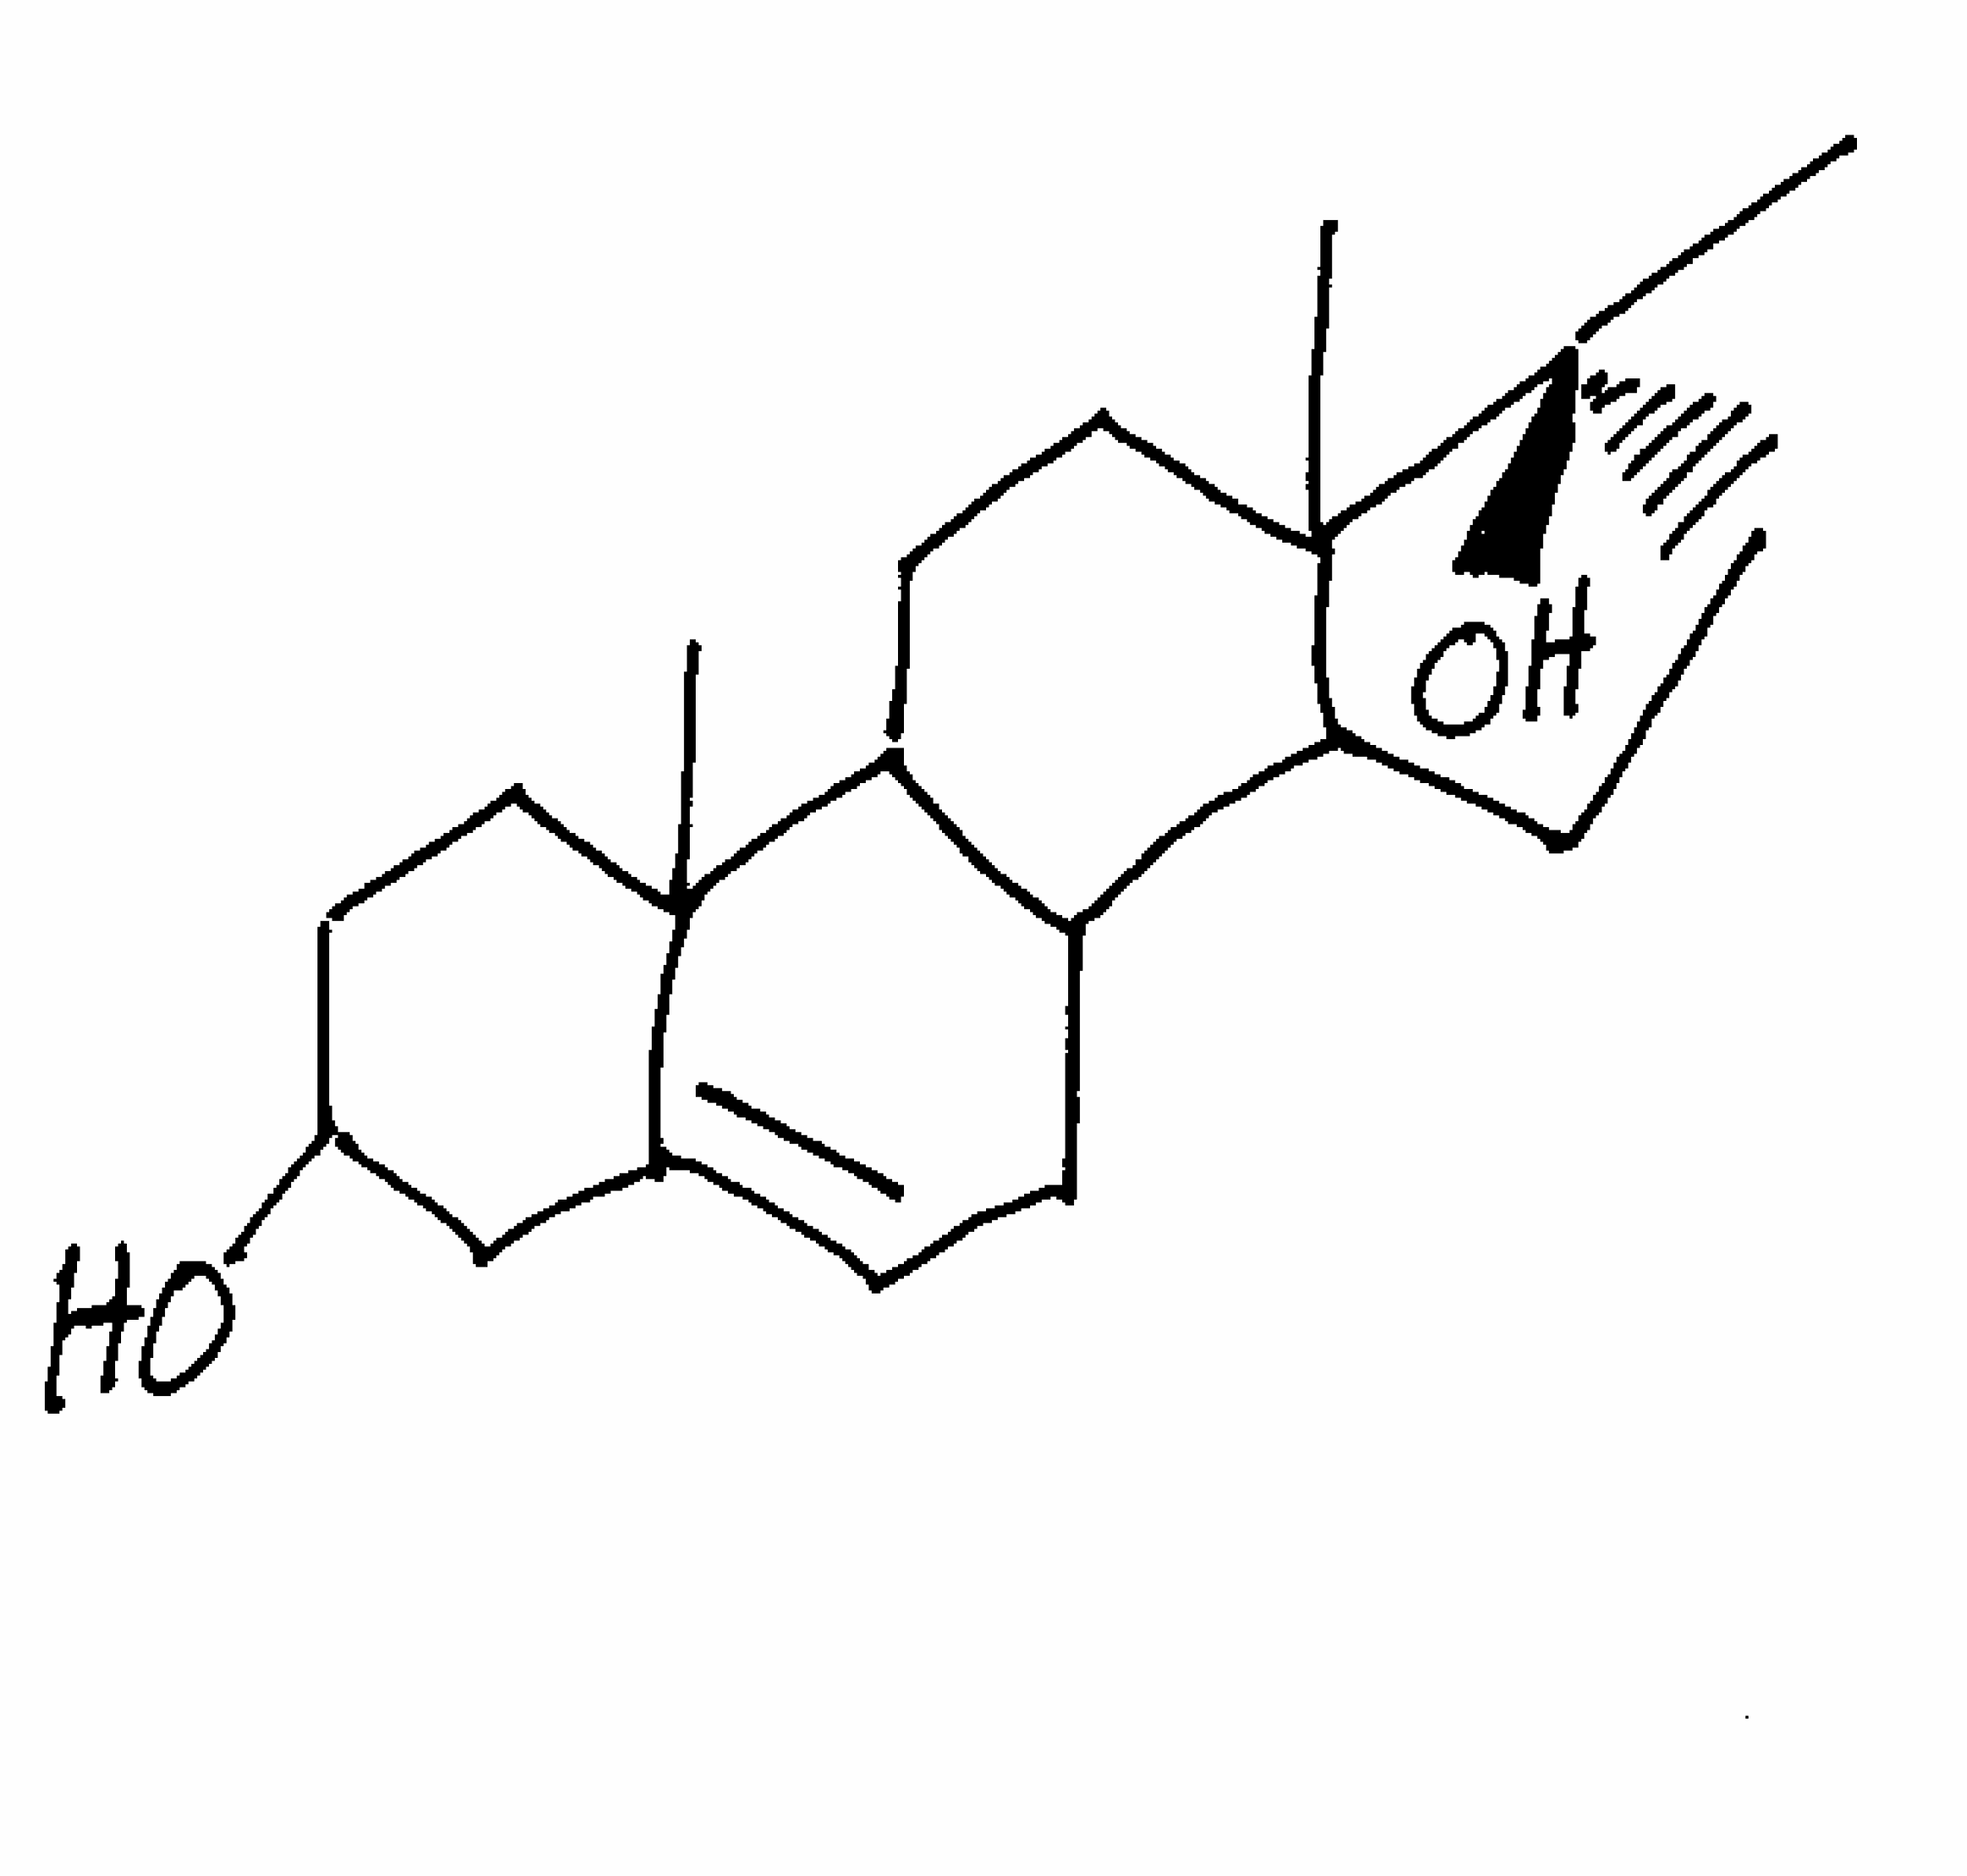
Simplified molecular-input line-entry system (SMILES) notation of the given molecule:
C[C@@]1(CCC2C1(CCC3C2CC=C4C3(CCC(C4)O)C)C)O